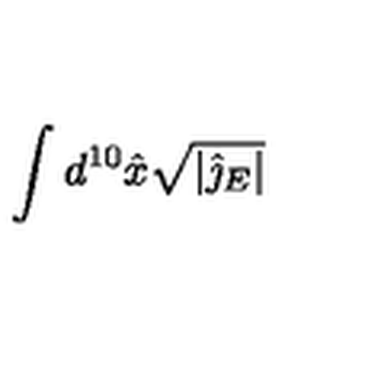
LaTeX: \int d ^ { 1 0 } \hat { x } \sqrt { | \hat { \jmath } _ { E } | }